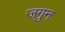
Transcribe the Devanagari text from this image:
जगुन